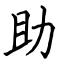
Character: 助